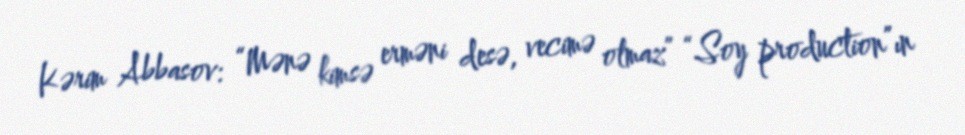
Kərim Abbasov: “Mənə kimsə erməni desə, vecimə olmaz” “Soy production”ın